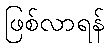
ဖြစ်လာရန်